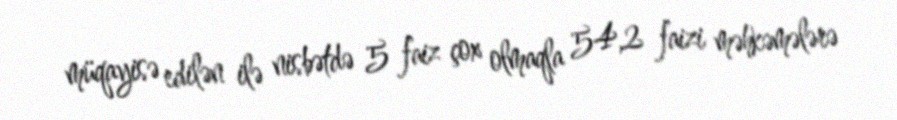
müqayisə edilən ilə nisbətdə 5 faiz çox olmaqla 54,2 faizi məhkəmələrə